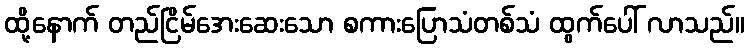
ထို့နောက် တည်ငြိမ်အေးဆေးသော စကားပြောသံတစ်သံ ထွက်ပေါ် လာသည်။